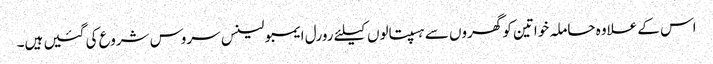
اس کے علاوہ حاملہ خواتین کو گھروں سے ہسپتالوں کیلئے رورل ایمبولینس سروس شروع کی گئیں ہیں۔